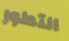
التطور